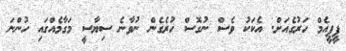
ޕީޕީއެމް ހަރުގެއަށް. އެކަކު ވެސް ނުގޮސް ހުރެގެން ނުވާނެ ސިޔާސީ މަގާމެއްގައި ހުންނަ